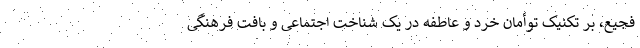
فجیع، بر تکنیک توأمان خرد و عاطفه در یک شناخت اجتماعی و بافت فرهنگی